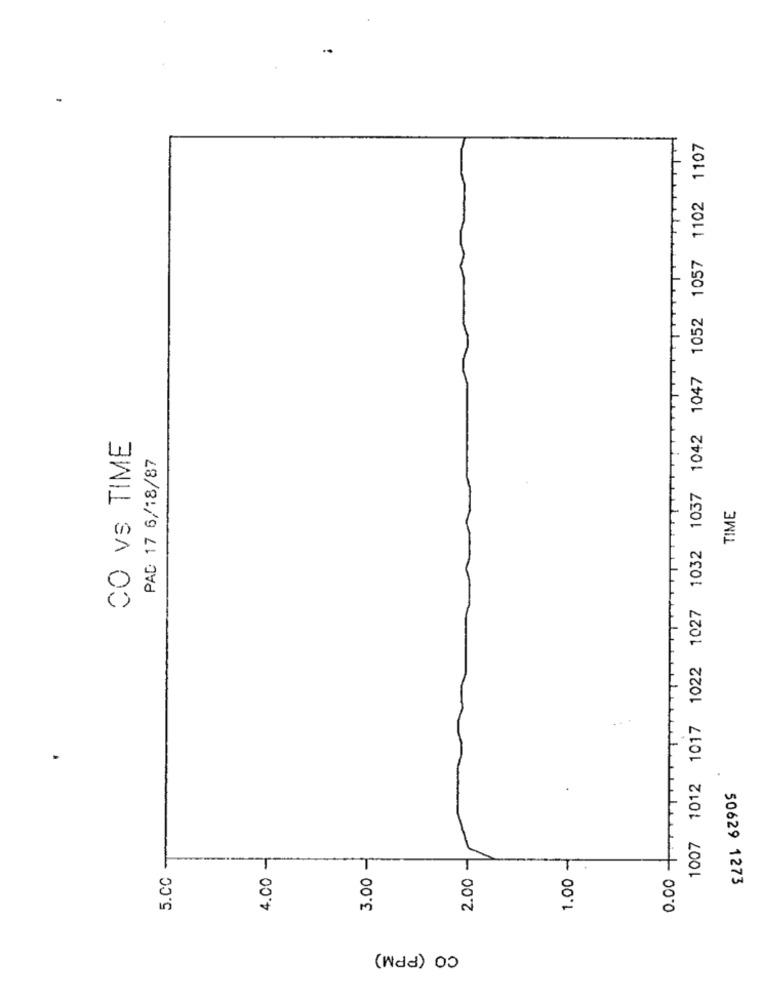
1007 1012 1017 1022 1027 1032 1037 1042 1047 1052 1057 1102 1107
CO vs TIME
PAD 17 6/18/87
TIME
1.00 -
0.00
5.CC
4.00
3.00
2.00
50629 1273
CO (PPM)